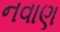
નવાણ